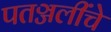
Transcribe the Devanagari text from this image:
पतञ्जलींचे